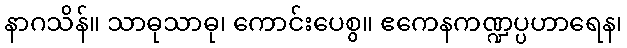
နာဂသိန်။ သာဓုသာဓု၊ ကောင်းပေစွ။ ဧကေနကဏ္ဍပ္ပဟာရေန၊